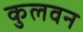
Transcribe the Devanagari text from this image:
कुलवन